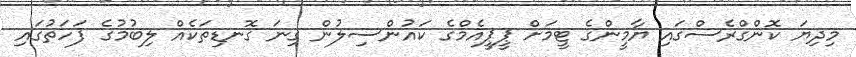
މިދިޔަ ކޮންގްރެސްގައި ޔާމީންގެ ޓީމަށް ޕީޕީއެމްގެ ކައުންސިލުން ގިނަ ގޮނޑިތަކެއް ލިބުމުގެ ފަހަތުގައި